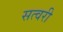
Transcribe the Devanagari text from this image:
सत्वरी